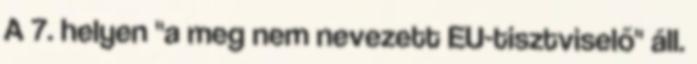
A 7. helyen "a meg nem nevezett EU-tisztviselő" áll.